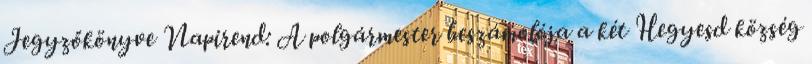
Jegyzőkönyve Napirend: A polgármester beszámolója a két Hegyesd község